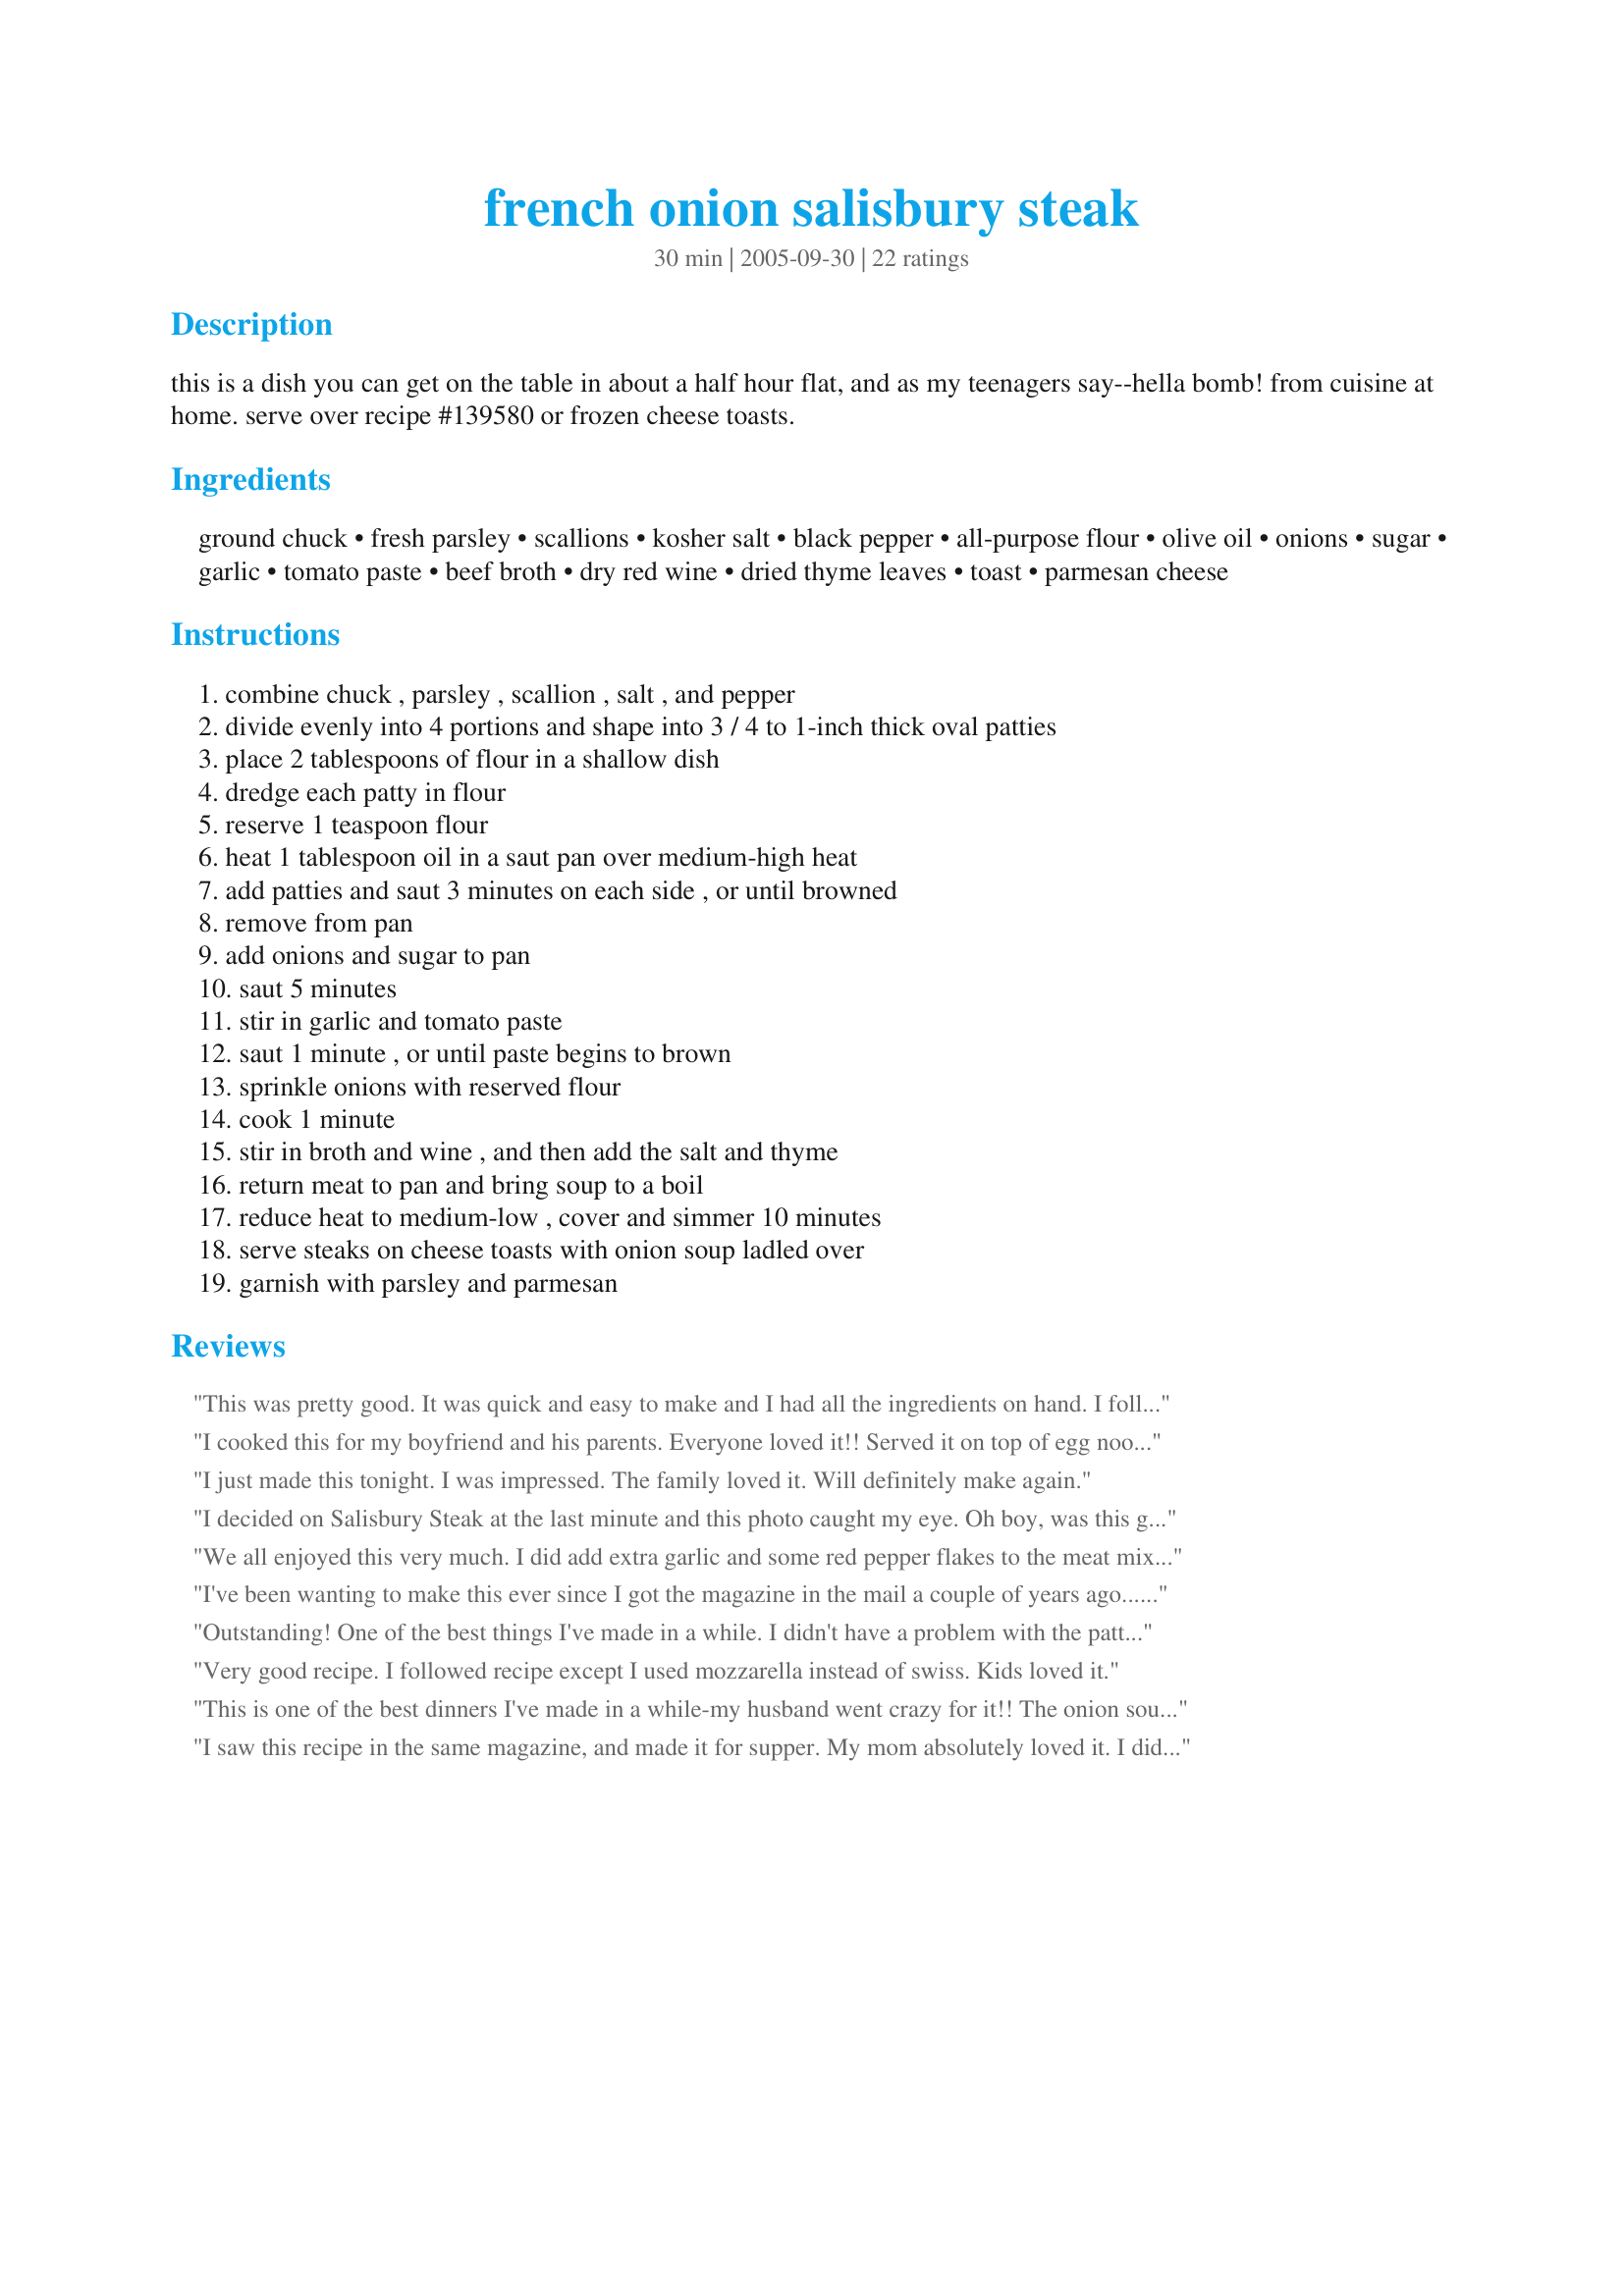
french onion salisbury steak
Preparation time: 30 minutes

this is a dish you can get on the table in about a half hour flat, and as my teenagers say--hella bomb! from cuisine at home. serve over recipe #139580 or frozen cheese toasts.

Ingredients:
ground chuck, fresh parsley, scallions, kosher salt, black pepper, all-purpose flour, olive oil, onions, sugar, garlic, tomato paste, beef broth, dry red wine, dried thyme leaves, toast, parmesan cheese

Steps:
combine chuck , parsley , scallion , salt , and pepper, divide evenly into 4 portions and shape into 3 / 4 to 1-inch thick oval patties, place 2 tablespoons of flour in a shallow dish, dredge each patty in flour, reserve 1 teaspoon flour, heat 1 tablespoon oil in a saut pan over medium-high heat, add patties and saut 3 minutes on each side , or until browned, remove from pan, add onions and sugar to pan, saut 5 minutes, stir in garlic and tomato paste, saut 1 minute , or until paste begins to brown, sprinkle onions with reserved flour, cook 1 minute, stir in broth and wine , and then add the salt and thyme, return meat to pan and bring soup to a boil, reduce heat to medium-low , cover and simmer 10 minutes, serve steaks on cheese toasts with onion soup ladled over, garnish with parsley and parmesan

Reviews:
This was pretty good. It was quick and easy to make and I had all the ingredients on hand. I followed the instructions exactly. The meat was flavored nicely with the onions, but I agree with another review that said it needed some tweaking. I think I would have preferred a more meatloaf-type texture. The overall flavor for me was okay (I didn't like the tomato paste), but my family loved it as is and gobbled it all up. No leftovers. I served it with store bought cheese toast and roasted corn.
I cooked this for my boyfriend and his parents. Everyone loved it!! Served it on top of egg noodles with the cheese toast on the side. Yummmmmmm
I just made this tonight. I was impressed. The family loved it. Will definitely make again.
I decided on Salisbury Steak at the last minute and this photo caught my eye. Oh boy, was this great!The flavor was first class (and not even too salty since I used a low-salt beef broth). The only change was that I served this over egg noodles. We also had peas, rolls, and vanilla ice cream with chocolate sauce (by Bev) to complete this wonderful meal.
Roxygirl
We all enjoyed this very much. I did add extra garlic and some red pepper flakes to the meat mixture, just a personal preference. I didn't have any cheese toasts, or the ingredients on hand to make them, but I did put a slice of Swiss cheese over the patties and waited a few minutes for them to melt. Next time I will definitely try the cheese toasts! Served over mashed taters. Thanks for posting, will make again!
I've been wanting to make this ever since I got the magazine in the mail a couple of years ago... Finally got around to trying it, and I sure am glad I did!! A little involved, but totally worth it! Delicious!!!
Outstanding! One of the best things I've made in a while. I didn't have a problem with the patties since the soup and bread are both incredibly flavorful. If you live near a Trader Joe's, use their Parmesean Garlic Baguette for this recipe. Out of this world!!
Very good recipe. I followed recipe except I used mozzarella instead of swiss. Kids loved it.
This is one of the best dinners I've made in a while-my husband went crazy for it!! The onion soup broth poured over the beef and cheese toasts tasted so amazing!! It seems like a lot of ingredients but don't let it scare you-it really is easy to make and tasted outstanding!! Great weeknight family meal-Sharlene, I'm printing out all your recipes-you rock!!
I saw this recipe in the same magazine, and made it for supper. My mom absolutely loved it. I didn't have scallions so I just used baby onions but it still was delicious!
We make this quite often...perfect for company!
I use ciabatta bread cut into squares and broil swiss and parm cheeses on top before putting the Salisbury steak on top. What would we do without Cooks Country??
This recipe is FANTASTIC and will regularly be in my rotation.... I found it first in the Cuisine at home mag a friend gave me .... YUMMY!!! My son LOVED the taste of the bread in the juice - i followed the recipe for the cheese toast in the cuisine magazine that came w/this recipe instead of buying frozen - VERY good!!!! I also didn't have the low sodium broth on hand - used regular but it was not overly salty to me at all.. I did use only 1/2 tsp of kosher salt in broth just in case. I would prob put more flavoring into the ground meat to my liking - otherwise the sauce is the BOMB served this also with mashed potatoes and the gravy soaked into those and enhanced those as well - VERY VERY flavorful! used merlot for the wine!
Since finding this recipe I have made this over again. One unique way of having this dish is using the left over bread from olive garden. Always a hit when I make this dish. We all love it.
Tasty and quick but I think the meat patties need just a bit of tweaking. My patties had no real flavor. I loved the broth and after setting it all up I sprikled some grated parmesan cheese all over the top. I will make again but plan to doctor the meat up some, making making it more "meatloaf" like.
My children love this and it is very simple to whip together during a busy weeknight.
Super yummy and easy to make, but it was a tad salty. I would put a little less salt in the meat and leave it out of the sauce entirely.
This was great because it was a nice change from the usual meat and potatoes. Thanks for sharing!
My family liked it, and I thought it was pretty good. I prepared it according to the recipe and I thought the meat patties needed a little more salt. The recipe was easy to follow.
My friend and I are in a cooking co-op and she made this one night for dinner and we LOVED it! It's really great over the cheese toast!! Thanks for posting!
This was a quick dinner to put together. I mixed a small amount of the broth with cornstarch and added back into the main mixture to thicken into a gravy.
This was really good. I followed the recipe exactly and was very pleased with the outcome. I think the cheese toast really made the dish. I will be making this again.
I found this recipe through a food-related forum and whoever posted it got me really wanting it.

I made it that night and it was delicious. I forgot to buy the thick toast, but it was still good. I loved it.
